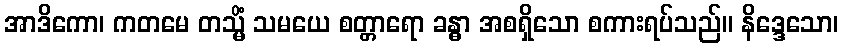
အာဒိကော၊ ကတမေ တသ္မိံ သမယေ စတ္တာရော ခန္ဓာ အစရှိသော စကားရပ်သည်။ နိဒ္ဒေသော၊